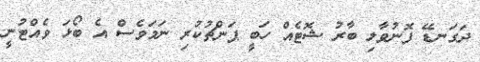
ދަގަނޑޭ ފޮނުވާލި ބާރު ޝޮޓެއް ހަބީ ޕަންޗުކުރި ނަމަވެސް އެ ބޯޅަ ވެއްޓުނީ